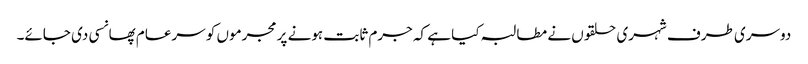
دوسری طرف شہری حلقوں نے مطالبہ کیا ہے کہ جرم ثابت ہونے پر مجرموں کو سرعام پھانسی دی جائے۔